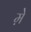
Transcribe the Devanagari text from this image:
म़े